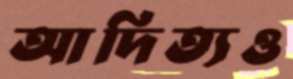
আদিত্যও